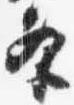
条